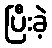
ပြီးခဲ့